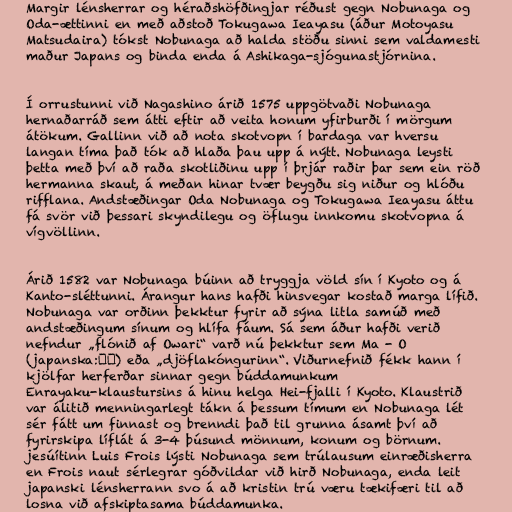
Margir lénsherrar og héraðshöfðingjar réðust gegn Nobunaga og
Oda-ættinni en með aðstoð Tokugawa Ieayasu (áður Motoyasu
Matsudaira) tókst Nobunaga að halda stöðu sinni sem valdamesti
maður Japans og binda enda á Ashikaga-sjógunastjórnina.

Í orrustunni við Nagashino árið 1575 uppgötvaði Nobunaga
hernaðarráð sem átti eftir að veita honum yfirburði í mörgum
átökum. Gallinn við að nota skotvopn í bardaga var hversu
langan tíma það tók að hlaða þau upp á nýtt. Nobunaga leysti
þetta með því að raða skotliðinu upp í þrjár raðir þar sem ein röð
hermanna skaut, á meðan hinar tvær beygðu sig niður og hlóðu
rifflana. Andstæðingar Oda Nobunaga og Tokugawa Ieayasu áttu
fá svör við þessari skyndilegu og öflugu innkomu skotvopna á
vígvöllinn.

Árið 1582 var Nobunaga búinn að tryggja völd sín í Kyoto og á
Kanto-sléttunni. Árangur hans hafði hinsvegar kostað marga lífið.
Nobunaga var orðinn þekktur fyrir að sýna litla samúð með
andstæðingum sínum og hlífa fáum. Sá sem áður hafði verið
nefndur „flónið af Owari“ varð nú þekktur sem Ma - O
(japanska:魔王) eða „djöflakóngurinn“. Viðurnefnið fékk hann í
kjölfar herferðar sinnar gegn búddamunkum
Enrayaku-klaustursins á hinu helga Hei-fjalli í Kyoto. Klaustrið
var álitið menningarlegt tákn á þessum tímum en Nobunaga lét
sér fátt um finnast og brenndi það til grunna ásamt því að
fyrirskipa líflát á 3-4 þúsund mönnum, konum og börnum.
jesúítinn Luis Frois lýsti Nobunaga sem trúlausum einræðisherra
en Frois naut sérlegrar góðvildar við hirð Nobunaga, enda leit
japanski lénsherrann svo á að kristin trú væru tækifæri til að
losna við afskiptasama búddamunka.